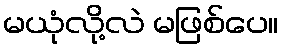
မယုံလို့လဲ မဖြစ်ပေ။